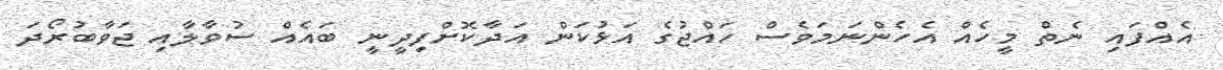
އެއްފައި ނެތް މީހެއް އެހެންނަމަވެސް ހައްޖުގެ އަޅުކަން އަދާކޮށްފިދީނީ ބައެއް ސުވާލާއި ޖަވާބުރޯދަ